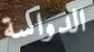
الدواسة